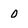
Character: o